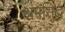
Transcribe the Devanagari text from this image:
श्रमसिद्ध